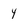
Character: y